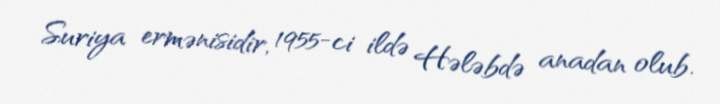
Suriya ermənisidir, 1955-ci ildə Hələbdə anadan olub.